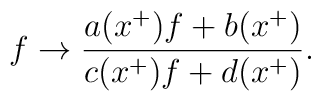
f \rightarrow \frac{a(x^{+})f+b(x^{+})}{c(x^{+})f+d(x^{+})}.